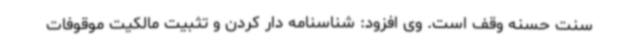
سنت حسنه وقف است. وی افزود: شناسنامه دار کردن و تثبیت مالکیت موقوفات